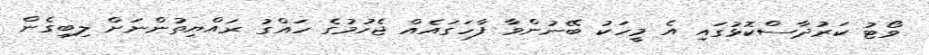
ވޯޓު ކަރުދާސްކޮޅުގައި އެ މީހަކު ބޭނުންވާ ފާހަގައެއް ޖެހުމުގެ ހައްގު ރައްޔިތުންނަށް ލިބިގެން